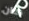
كان